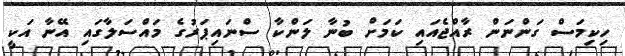
ހިކިމަސް ގަންނަން ރާއްޖެއައި ކަމަށް ބުނާ ލަންކާ ސްނައިޕަރުގެ މައްސަލާގައި އޭނާ އަކީ